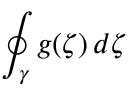
\oint _ { \gamma } g ( \zeta ) \, d \zeta